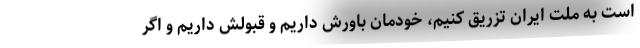
است به ملت ایران تزریق کنیم، خودمان باورش داریم و قبولش داریم و اگر